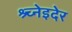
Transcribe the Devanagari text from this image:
श्र्च्नेइदेर